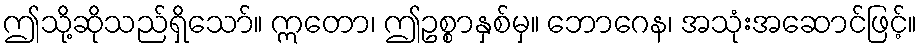
ဤသို့ဆိုသည်ရှိသော်။ ဣတော၊ ဤဥစ္စာနှစ်မှ။ ဘောဂေန၊ အသုံးအဆောင်ဖြင့်။